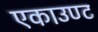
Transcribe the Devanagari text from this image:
एकाउण्ट